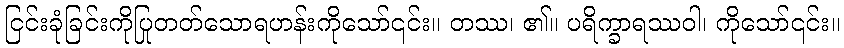
ငြင်းခုံခြင်းကိုပြုတတ်သောရဟန်းကိုသော်၎င်း။ တဿ၊ ၏။ ပရိက္ခာရဿဝါ၊ ကိုသော်၎င်း။